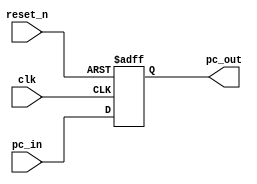
`timescale 1ns / 1ps
//////////////////////////////////////////////////////////////////////////////////
// Company: 
// Engineer: 
// 
// Design Name: 
// Module Name: program_counter
// Project Name: 
// Target Devices: 
// Tool Versions: 
// Description: 
// 
// Dependencies: 
// 
// Revision:
// Revision 0.01 - File Created
// Additional Comments:
// 
//////////////////////////////////////////////////////////////////////////////////


module program_counter(
    input clk, reset_n,
    input [31:0] pc_in,
    output [31:0] pc_out
    );
    reg [31:0] Q_reg, Q_next;
    
    always@(posedge clk, negedge reset_n)begin
        if(~reset_n)
            Q_reg <= 32'b0;
        else
            Q_reg <= Q_next;
    end
    
    always@(*)begin
        Q_next = pc_in;
    end
    
    assign pc_out = Q_reg;
endmodule